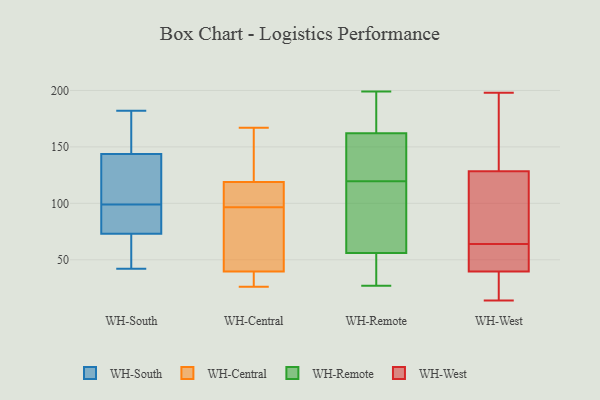
{"axis": {"x": "Headcount", "y": "Value"}, "legend": ["WH-Central", "WH-Remote", "WH-South", "WH-West"], "data": [{"x": "", "y": 143, "type": "WH-South"}, {"x": "", "y": 73, "type": "WH-South"}, {"x": "", "y": 50, "type": "WH-South"}, {"x": "", "y": 99, "type": "WH-South"}, {"x": "", "y": 42, "type": "WH-South"}, {"x": "", "y": 175, "type": "WH-South"}, {"x": "", "y": 73, "type": "WH-South"}, {"x": "", "y": 109, "type": "WH-South"}, {"x": "", "y": 157, "type": "WH-South"}, {"x": "", "y": 144, "type": "WH-South"}, {"x": "", "y": 90, "type": "WH-South"}, {"x": "", "y": 67, "type": "WH-South"}, {"x": "", "y": 182, "type": "WH-South"}, {"x": "", "y": 93, "type": "WH-South"}, {"x": "", "y": 115, "type": "WH-South"}, {"x": "", "y": 114, "type": "WH-South"}, {"x": "", "y": 147, "type": "WH-South"}, {"x": "", "y": 76, "type": "WH-South"}, {"x": "", "y": 57, "type": "WH-South"}, {"x": "", "y": 26, "type": "WH-Central"}, {"x": "", "y": 125, "type": "WH-Central"}, {"x": "", "y": 128, "type": "WH-Central"}, {"x": "", "y": 152, "type": "WH-Central"}, {"x": "", "y": 44, "type": "WH-Central"}, {"x": "", "y": 35, "type": "WH-Central"}, {"x": "", "y": 91, "type": "WH-Central"}, {"x": "", "y": 99, "type": "WH-Central"}, {"x": "", "y": 113, "type": "WH-Central"}, {"x": "", "y": 108, "type": "WH-Central"}, {"x": "", "y": 67, "type": "WH-Central"}, {"x": "", "y": 106, "type": "WH-Central"}, {"x": "", "y": 33, "type": "WH-Central"}, {"x": "", "y": 31, "type": "WH-Central"}, {"x": "", "y": 167, "type": "WH-Central"}, {"x": "", "y": 94, "type": "WH-Central"}, {"x": "", "y": 117, "type": "WH-Remote"}, {"x": "", "y": 37, "type": "WH-Remote"}, {"x": "", "y": 27, "type": "WH-Remote"}, {"x": "", "y": 181, "type": "WH-Remote"}, {"x": "", "y": 156, "type": "WH-Remote"}, {"x": "", "y": 53, "type": "WH-Remote"}, {"x": "", "y": 118, "type": "WH-Remote"}, {"x": "", "y": 197, "type": "WH-Remote"}, {"x": "", "y": 121, "type": "WH-Remote"}, {"x": "", "y": 161, "type": "WH-Remote"}, {"x": "", "y": 53, "type": "WH-Remote"}, {"x": "", "y": 193, "type": "WH-Remote"}, {"x": "", "y": 62, "type": "WH-Remote"}, {"x": "", "y": 163, "type": "WH-Remote"}, {"x": "", "y": 59, "type": "WH-Remote"}, {"x": "", "y": 89, "type": "WH-Remote"}, {"x": "", "y": 50, "type": "WH-Remote"}, {"x": "", "y": 199, "type": "WH-Remote"}, {"x": "", "y": 124, "type": "WH-Remote"}, {"x": "", "y": 148, "type": "WH-Remote"}, {"x": "", "y": 55, "type": "WH-West"}, {"x": "", "y": 86, "type": "WH-West"}, {"x": "", "y": 198, "type": "WH-West"}, {"x": "", "y": 153, "type": "WH-West"}, {"x": "", "y": 104, "type": "WH-West"}, {"x": "", "y": 66, "type": "WH-West"}, {"x": "", "y": 196, "type": "WH-West"}, {"x": "", "y": 33, "type": "WH-West"}, {"x": "", "y": 14, "type": "WH-West"}, {"x": "", "y": 46, "type": "WH-West"}, {"x": "", "y": 28, "type": "WH-West"}, {"x": "", "y": 62, "type": "WH-West"}]}